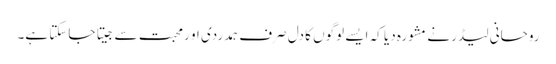
روحانی لیڈر نے مشورہ دیا کہ ایسے لوگوں کا دل صرف ہمدردی او رمحبت سے جیتا جاسکتا ہے۔